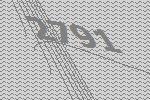
2791